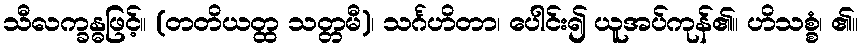
သီလက္ခန္ဓဖြင့်။ (တတိယတ္ထ သတ္တမီ)၊ သင်္ဂဟိတာ၊ ပေါင်း၍ ယူအပ်ကုန်၏။ ဟိသစ္စံ၊ ၏။